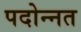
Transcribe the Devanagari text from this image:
पदोन्‍नत